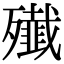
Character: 殱